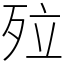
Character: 㱞